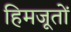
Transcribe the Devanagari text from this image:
हिमजूतों